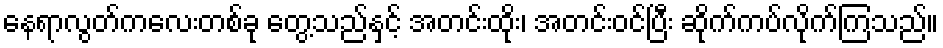
နေရာလွတ်ကလေးတစ်ခု တွေ့သည်နှင့် အတင်းထိုး၊ အတင်းဝင်ပြီး ဆိုက်ကပ်လိုက်ကြသည်။